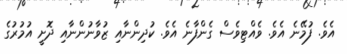
އެވެ. ފުމޭނެ އެވެ. ވެއްޓިވެސް ގެންފާނެ އެވެ. ކުދިންނާއި ޒުވާނުންނާއި ދޮށީ އުމުރުގެ